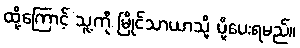
ထို့ကြောင့် သူ့ကို မြိုင်သာယာသို့ ပို့ပေးရမည်။